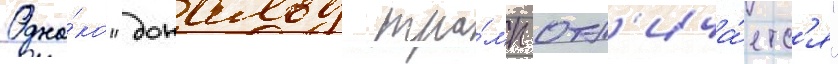
Одна́ко "дональд тра́мп отл'ича́етс'я"